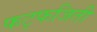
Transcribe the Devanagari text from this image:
फट्फजिती